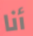
أنا